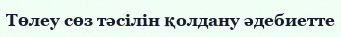
Төлеу сөз тәсілін қолдану әдебиетте